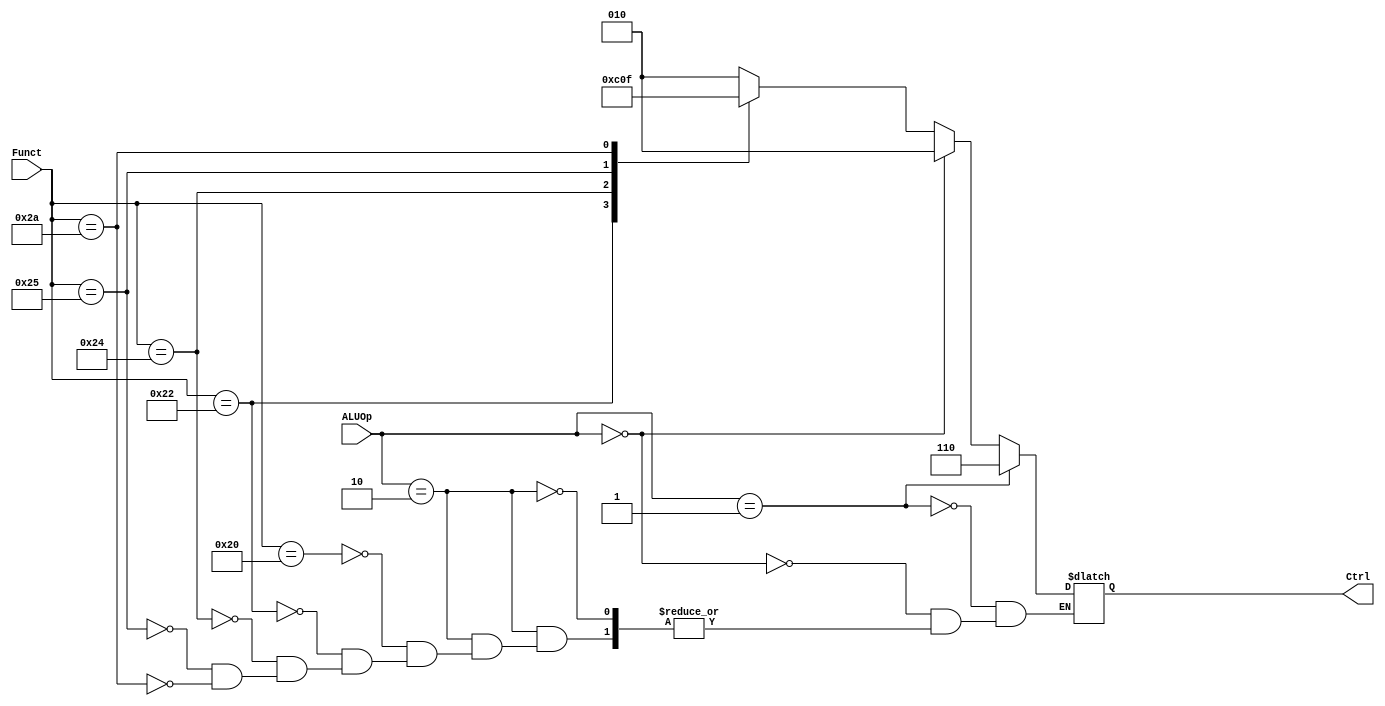
//Pramod Srinivasan
//2010A3PS190P
//Advanced Computer Organization
//Code for Single Cycle Implementation and Multicycle Controller

module ALU_Control(Funct, ALUOp, Ctrl);
input [5:0]Funct;
input [1:0]ALUOp;
output [2:0]Ctrl;
reg [2:0]Ctrl;

always@(Funct or ALUOp)
begin
    if(ALUOp == 2'b10) //'Arithmetic' Type Instructions
    begin
      case(Funct)
      //begin
        6'b100000: Ctrl = 3'b010; //ADDITION in 'R' Type
        6'b100010: Ctrl = 3'b110; //SUBTRACTION in 'R' Type
        6'b100100: Ctrl = 3'b000; //AND in 'R' Type
        6'b100101: Ctrl = 3'b001; //OR in 'R' Type
        6'b101010: Ctrl = 3'b111; //SLT in 'R' Type
     // end
    endcase
    end
    
    if(ALUOp == 2'b00) // 'LW/SW' Type Instructions
    begin
        Ctrl = 3'b010; //ADDITION irrespective of the FunctField.
    end
    
    if(ALUOp == 2'b01) // 'BEQ', 'BNE' Type Instructions
    begin
        Ctrl = 3'b110; //SUBTRACTION irrespective of the FunctField.
    end
    

    
end //always block

endmodule //ALUOp module